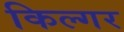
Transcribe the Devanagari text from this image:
किल्‍गर